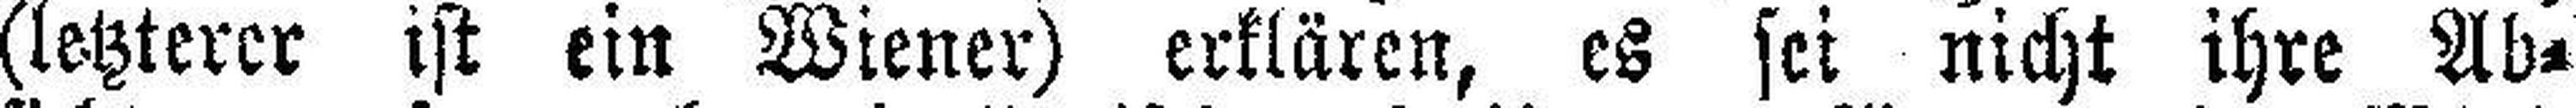
(letzterer ist ein Wiener) erklären, es sei nicht ihre Ab¬